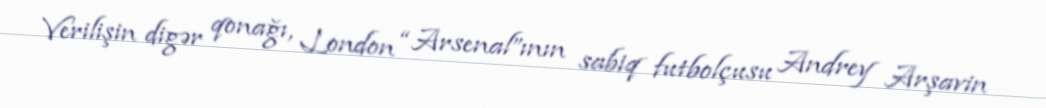
Verilişin digər qonağı, London “Arsenal”ının sabiq futbolçusu Andrey Arşavin